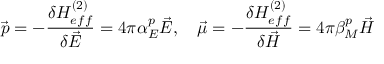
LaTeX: \vec { p } = - { \frac { \delta H _ { e f f } ^ { ( 2 ) } } { \delta \vec { E } } } = 4 \pi \alpha _ { E } ^ { p } \vec { E } , \quad \vec { \mu } = - { \frac { \delta H _ { e f f } ^ { ( 2 ) } } { \delta \vec { H } } } = 4 \pi \beta _ { M } ^ { p } \vec { H }